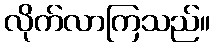
လိုက်လာကြသည်။